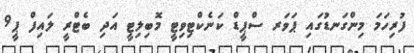
ފުރިހަމަ މިންގަނޑުގައި ޕަވަރ ސްޕީޑް ކަނެކްޓިވިޓީ މޮބިލިޓީ އަދި ބެޓްރީ ލައިފް ޕީ9